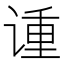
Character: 𫍳